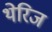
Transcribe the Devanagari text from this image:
थेरिज